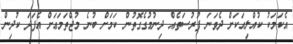
އެކަމަކު ކުއްލިއަކަށް ދެވަނަ ފުރުސަތެއް ދިނުމުގެގޮތުން ކަމަށް ބުނެ މުޖްތަމަޢަށް އެފަދަ ކުދިން